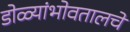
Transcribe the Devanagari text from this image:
डोळ्यांभोवतालचे